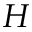
H